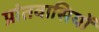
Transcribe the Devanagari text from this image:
प्रांतवासियों